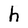
Character: h